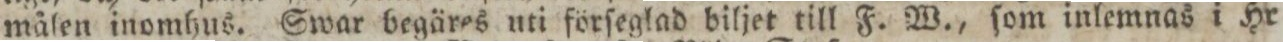
målen inomhus. Swar begäres uti förſeglad biljet till F. W., ſom inlemnas i Hr